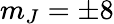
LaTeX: m_{J}=\pm 8